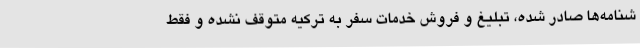
شنامه‌ها صادر شده، تبلیغ و فروش خدمات سفر به ترکیه متوقف نشده و فقط